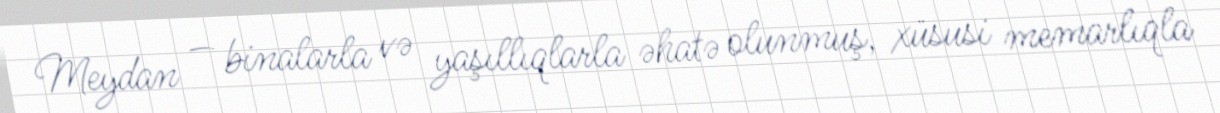
Meydan — binalarla və yaşıllıqlarla əhatə olunmuş, xüsusi memarlıqla